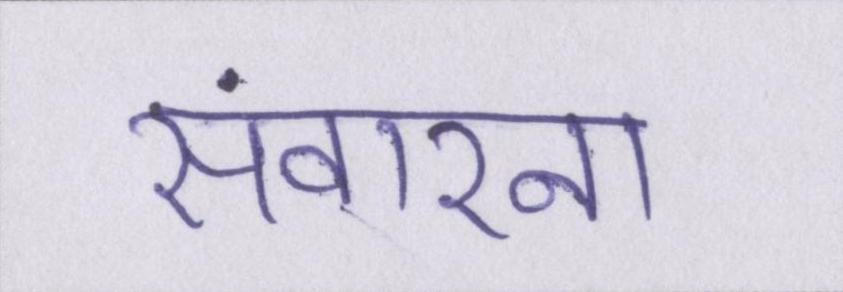
संवारना